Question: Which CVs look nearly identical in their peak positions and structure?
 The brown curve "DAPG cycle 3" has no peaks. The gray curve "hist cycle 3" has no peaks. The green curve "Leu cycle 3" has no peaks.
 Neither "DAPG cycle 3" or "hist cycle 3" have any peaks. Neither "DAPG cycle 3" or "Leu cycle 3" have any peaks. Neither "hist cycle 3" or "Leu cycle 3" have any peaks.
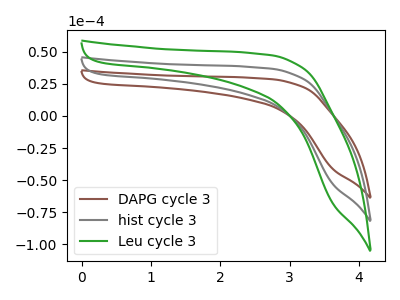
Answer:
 <answer>"DAPG cycle 3", "hist cycle 3" and "Leu cycle 3" have the same shape and are likely CV's of the same chemical.</answer>
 <eval>"DAPG cycle 3" "hist cycle 3" "Leu cycle 3"</eval>